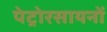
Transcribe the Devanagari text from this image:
पेट्रोरसायनों